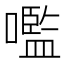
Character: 嚂